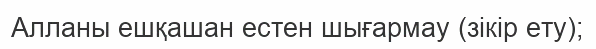
Алланы ешқашан естен шығармау (зікір ету);